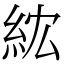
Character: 𥿢